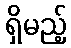
ရှိမည့်